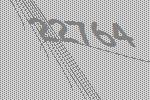
22764